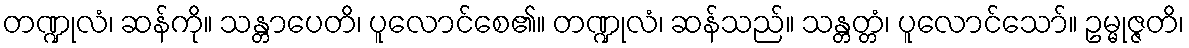
တဏ္ဍုလံ၊ ဆန်ကို။ သန္တာပေတိ၊ ပူလောင်စေ၏။ တဏ္ဍုလံ၊ ဆန်သည်။ သန္တတ္တံ၊ ပူလောင်သော်။ ဥမ္မုဇ္ဇတိ၊